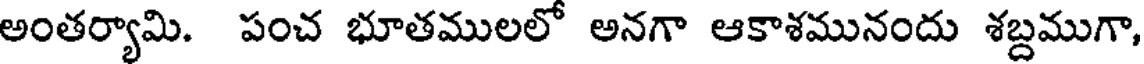
అంతర్యామి. పంచ భూతములలో అనగా ఆకాశమునందు శబ్దముగా,